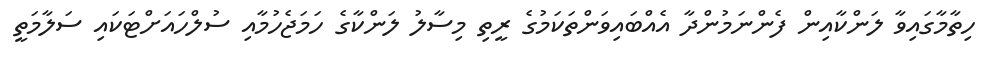
ހިތާމާގައިވާ ލަންކާއިން ފެންނަމުންދާ އެއްބައިވަންތަކަމުގެ ރީތި މިސާލު ލަންކާގެ ހަމަޖެހުމާއި ސުލްހައަށްޓަކައި ސަލާމަތީ